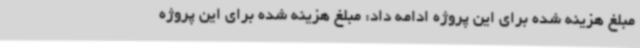
مبلغ هزینه شده برای این پروژه ادامه داد: مبلغ هزینه شده برای این پروژه